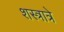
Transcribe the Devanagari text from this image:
शस्त्रात्रे